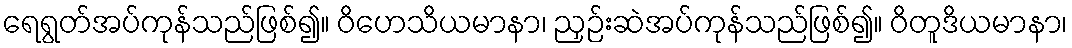
ရေရွတ်အပ်ကုန်သည်ဖြစ်၍။ ဝိဟေသိယမာနာ၊ ညှဉ်းဆဲအပ်ကုန်သည်ဖြစ်၍။ ဝိတူဒိယမာနာ၊